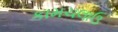
કામચલાઉ